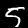
Label: 5